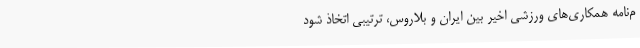
م‌نامه همکاری‌های ورزشی اخیر بین ایران و بلاروس، ترتیبی اتخاذ شود